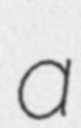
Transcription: a